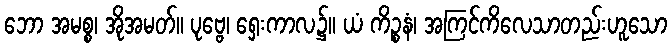
ဘော အမစ္စ၊ အိုအမတ်။ ပုဗ္ဗေ၊ ရှေးကာလ၌။ ယံ ကိဉ္စနံ၊ အကြင်ကိလေသာတည်းဟူသော